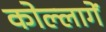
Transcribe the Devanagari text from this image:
कोल्लागें